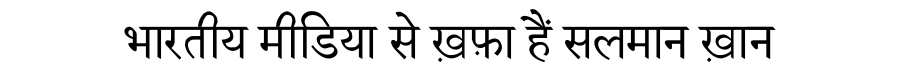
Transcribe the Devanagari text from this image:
भारतीय मीडिया से ख़फ़ा हैं सलमान ख़ान